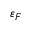
\varepsilon _ { F }